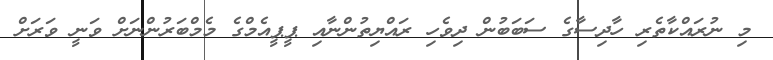
މި ނުރައްކާތެރި ހާދިސާގެ ސަބަބުން ދިވެހި ރައްޔިތުންނާއި ޕީޕީއެމްގެ މެމްބަރުންނަށް ވަނީ ވަރަށް